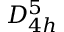
D _ { 4 h } ^ { 5 }